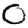
Digit: 0